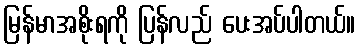
မြန်မာအစိုးရကို ပြန်လည် ပေးအပ်ပါတယ်။